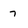
Character: 7